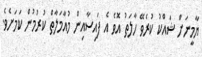
ޔާމީނަށް ޝައްކު ކުރެވޭ ހާލަތު އޮވެ އެ ފައިސާއިން މުއާމަލާތް ކުރުމުން ކަމަށެވެ.